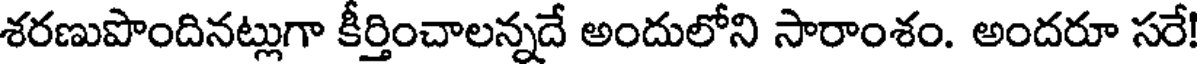
శరణుపొందినట్లుగా కీర్తించాలన్నదే అందులోని సారాంశం. అందరూ సరే